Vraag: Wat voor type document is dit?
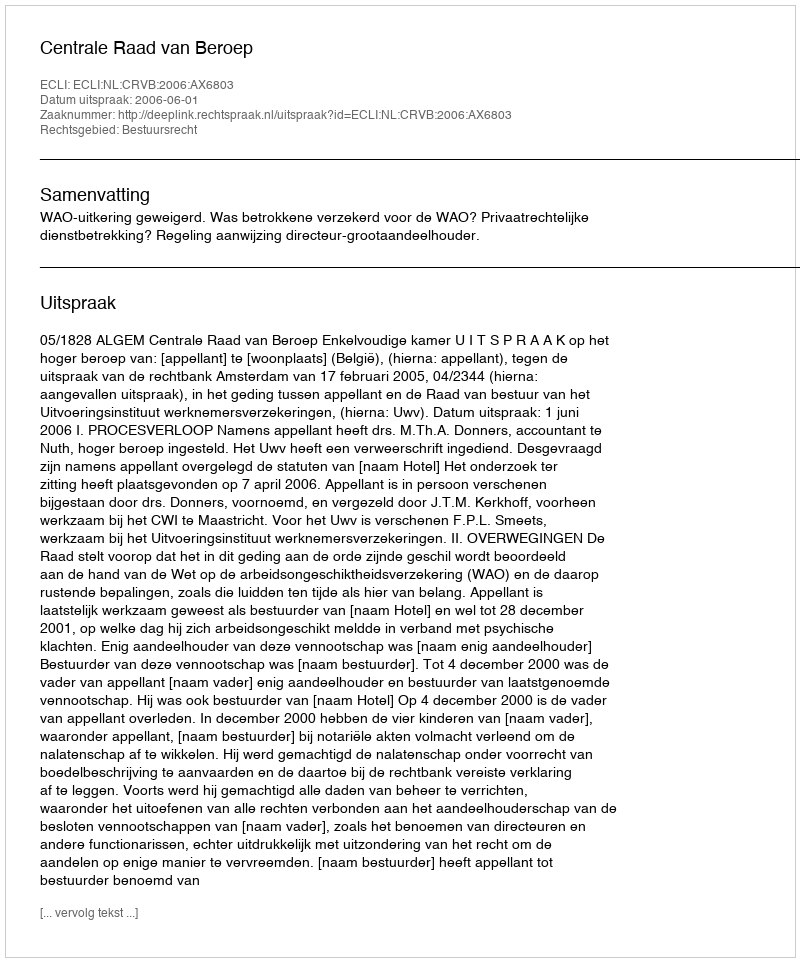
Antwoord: Uitspraak